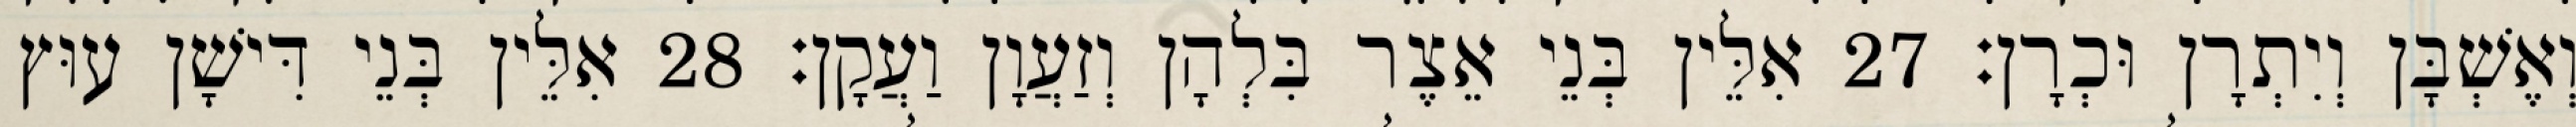
וְאֶשְׁבָּן וְיִתְרָן וּכְרָן׃ 27 אִלֵּין בְּנֵי אֵצֶר בִּלְהָן וְזַעֲוָן וַעֲקָן׃ 28 אִלֵּין בְּנֵי דִּישָׁן עוּץ